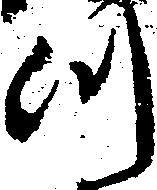
つ